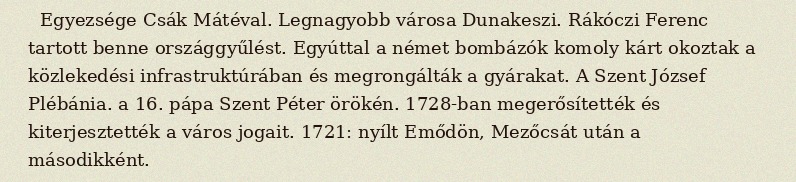
Egyezsége Csák Mátéval. Legnagyobb városa Dunakeszi. Rákóczi Ferenc tartott benne országgyűlést. Egyúttal a német bombázók komoly kárt okoztak a közlekedési infrastruktúrában és megrongálták a gyárakat. A Szent József Plébánia. a 16. pápa Szent Péter örökén. 1728-ban megerősítették és kiterjesztették a város jogait. 1721: nyílt Emődön, Mezőcsát után a másodikként.